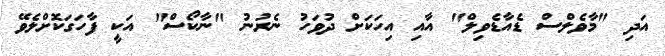
އަދި "މާވެލްސް ޑެއާޑެވިލް" އާއި އިހަކަށް ދުވަހު ނެރުނު "ނާކޯސް" އަކީ ފާހަގަކޮށްލެވޭ